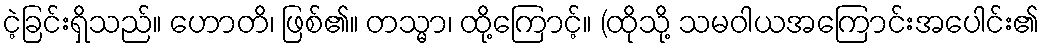
ငဲ့ခြင်းရှိသည်။ ဟောတိ၊ ဖြစ်၏။ တသ္မာ၊ ထို့ကြောင့်။ (ထိုသို့ သမဝါယအကြောင်းအပေါင်း၏